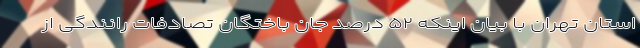
استان تهران با بیان اینکه ۵۲ درصد جان باختگان تصادفات رانندگی از